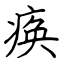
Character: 痪